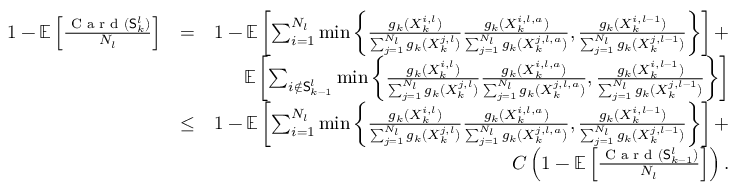
\begin{array} { r l r } { 1 - \mathbb { E } \left[ \frac { \textrm { C a r d } ( \mathsf { S } _ { k } ^ { l } ) } { N _ { l } } \right] } & { = } & { 1 - \mathbb { E } \left[ \sum _ { i = 1 } ^ { N _ { l } } \operatorname* { m i n } \left\{ \frac { g _ { k } ( X _ { k } ^ { i , l } ) } { \sum _ { j = 1 } ^ { N _ { l } } g _ { k } ( X _ { k } ^ { j , l } ) } \frac { g _ { k } ( X _ { k } ^ { i , l , a } ) } { \sum _ { j = 1 } ^ { N _ { l } } g _ { k } ( X _ { k } ^ { j , l , a } ) } , \frac { g _ { k } ( X _ { k } ^ { i , l - 1 } ) } { \sum _ { j = 1 } ^ { N _ { l } } g _ { k } ( X _ { k } ^ { j , l - 1 } ) } \right\} \right] + } \\ & { } & { \mathbb { E } \left[ \sum _ { i \notin \mathsf { S } _ { k - 1 } ^ { l } } \operatorname* { m i n } \left\{ \frac { g _ { k } ( X _ { k } ^ { i , l } ) } { \sum _ { j = 1 } ^ { N _ { l } } g _ { k } ( X _ { k } ^ { j , l } ) } \frac { g _ { k } ( X _ { k } ^ { i , l , a } ) } { \sum _ { j = 1 } ^ { N _ { l } } g _ { k } ( X _ { k } ^ { j , l , a } ) } , \frac { g _ { k } ( X _ { k } ^ { i , l - 1 } ) } { \sum _ { j = 1 } ^ { N _ { l } } g _ { k } ( X _ { k } ^ { j , l - 1 } ) } \right\} \right] } \\ & { \leq } & { 1 - \mathbb { E } \left[ \sum _ { i = 1 } ^ { N _ { l } } \operatorname* { m i n } \left\{ \frac { g _ { k } ( X _ { k } ^ { i , l } ) } { \sum _ { j = 1 } ^ { N _ { l } } g _ { k } ( X _ { k } ^ { j , l } ) } \frac { g _ { k } ( X _ { k } ^ { i , l , a } ) } { \sum _ { j = 1 } ^ { N _ { l } } g _ { k } ( X _ { k } ^ { j , l , a } ) } , \frac { g _ { k } ( X _ { k } ^ { i , l - 1 } ) } { \sum _ { j = 1 } ^ { N _ { l } } g _ { k } ( X _ { k } ^ { j , l - 1 } ) } \right\} \right] + } \\ & { } & { C \left( 1 - \mathbb { E } \left[ \frac { \textrm { C a r d } ( \mathsf { S } _ { k - 1 } ^ { l } ) } { N _ { l } } \right] \right) . } \end{array}